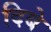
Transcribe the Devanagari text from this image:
दिबे